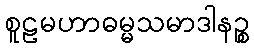
စူဠမဟာဓမ္မသမာဒါနဉ္စ